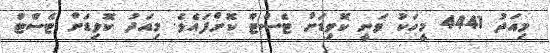
މިއަދު 4441 މީހަކު ވަނީ ކޮވިޑަށް ޓެސްޓް ކޮށްފައެވެ. މިއަދު ކޮވިޑަށް ޓެސްޓް